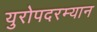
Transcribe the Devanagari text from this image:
युरोपदरम्यान